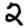
Digit: 2